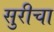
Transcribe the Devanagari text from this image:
सुरीचा